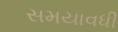
સમયાવધી